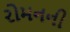
રોમનની